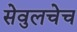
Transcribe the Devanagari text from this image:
सेवुलचेच